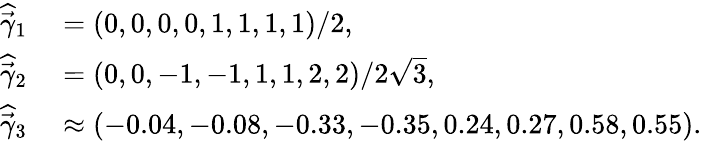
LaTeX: \begin{array}{rl}{\widehat{\vec{\gamma}}_{1}}&{{}=(0,0,0,0,1,1,1,1)/2,}\\ {\widehat{\vec{\gamma}}_{2}}&{{}=(0,0,-1,-1,1,1,2,2)/2\sqrt{3},}\\ {\widehat{\vec{\gamma}}_{3}}&{{}\approx(-0.04,-0.08,-0.33,-0.35,0.24,0.27,0.58,0.55).}\end{array}